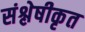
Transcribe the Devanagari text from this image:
संश्लेषीकृत